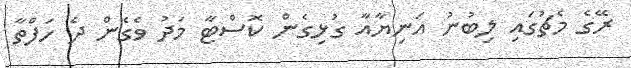
ރޭގެ މެޗުގައި ލިބުނު އަނިޔާއާ ގުޅިގެން ކޮސްޓާ މަދު ވެގެން ދެ ހަފްތާ